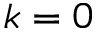
k = 0